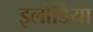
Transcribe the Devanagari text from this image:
इलोडिया